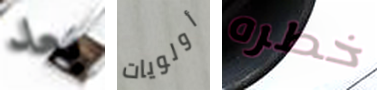
بعد أولويات خطره